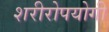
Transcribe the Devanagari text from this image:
शरीरोपयोगी